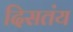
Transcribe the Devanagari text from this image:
दिसतंय